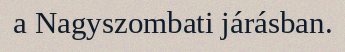
a Nagyszombati járásban.